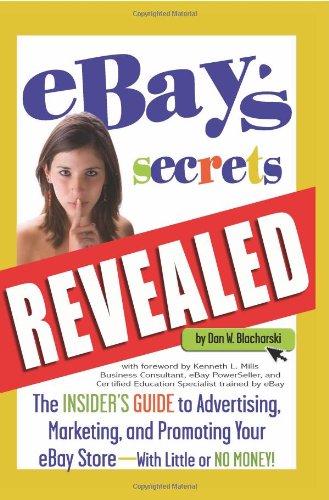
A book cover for eBay's Secrets Revealed: The Insider's Guide to Advertising, Marketing, and Promoting Your eBay Store - With Little or No Money; Dan W. Blacharski; Computers & Technology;